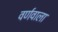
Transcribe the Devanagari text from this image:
वर्णवाला